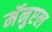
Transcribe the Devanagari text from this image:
मॅनुएल